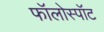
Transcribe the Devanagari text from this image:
फॉलोस्पॉट